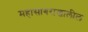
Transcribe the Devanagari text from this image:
महासागराखालील